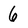
Character: 6